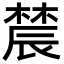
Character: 辳